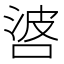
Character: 𠴸